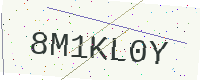
Text: 8M1KL0Y